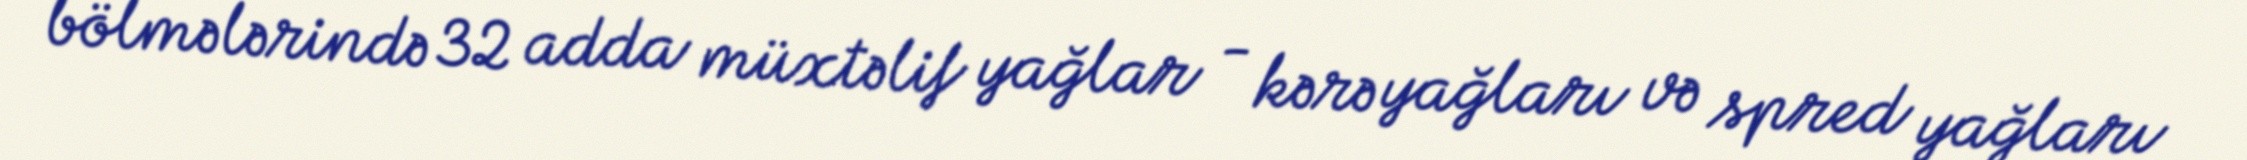
bölmələrində 32 adda müxtəlif yağlar - kərə yağları və spred yağları